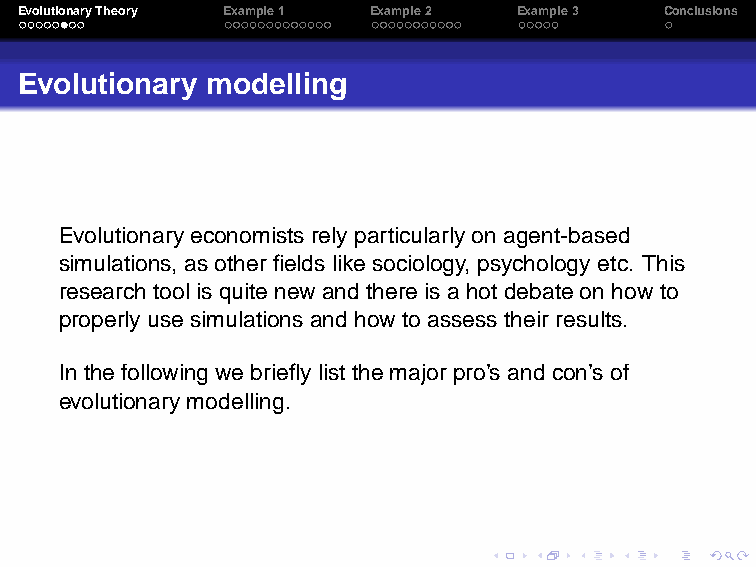
EvolutionaryTheory Example1 Example2 Example3 Conclusions
 Evolutionary modelling
 Evolutionaryeconomistsrely particularly onagent-based
 simulations,asotherfieldslike sociology,psychologyetc. This
 research toolis quitenewandthere is ahotdebateon howto
 properlyuse simulationsandhowto assess theirresults.
 In the followingwebriefly list themajorpro’s andcon’sof
 evolutionarymodelling.